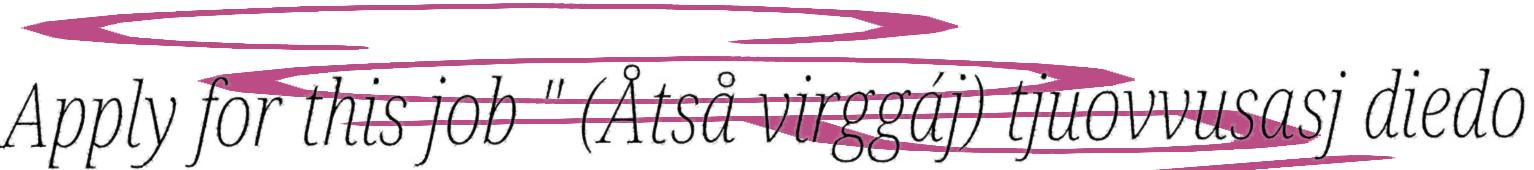
Apply for this job " (Åtså virggáj) tjuovvusasj diedo